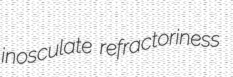
inosculate refractoriness